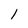
Character: l